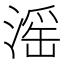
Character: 滛